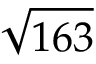
\sqrt { 1 6 3 }